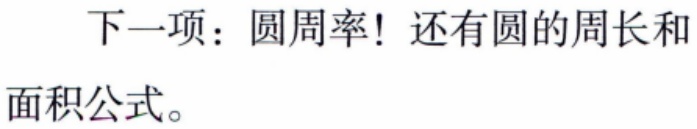
下一项：圆周率! 还有圆的周长和
面积公式。